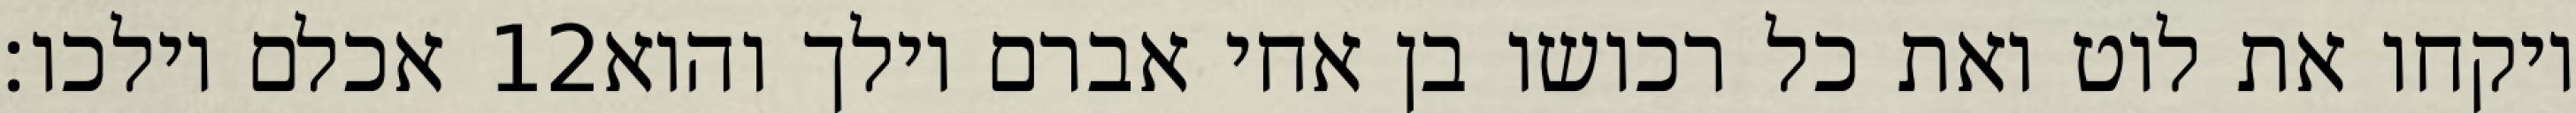
אכלם וילכו׃ ‎12‏ ויקחו את לוט ואת כל רכושו בן אחי אברם וילך והוא